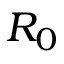
R _ { 0 }